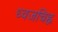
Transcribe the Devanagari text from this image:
ध्वजचिह्न